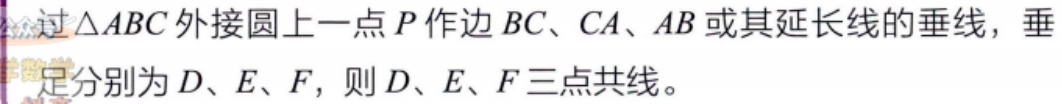
过\(\triangle ABC\)外接圆上一点\(P\)作边 \(BC\)、\(CA\)、\(AB\) 或其延长线的垂线，垂足分别为 \(D\)、\(E\)、\(F\)，则 \(D\)、\(E\)、\(F\) 三点共线。